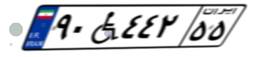
۹۰W۴۴۲۵۵